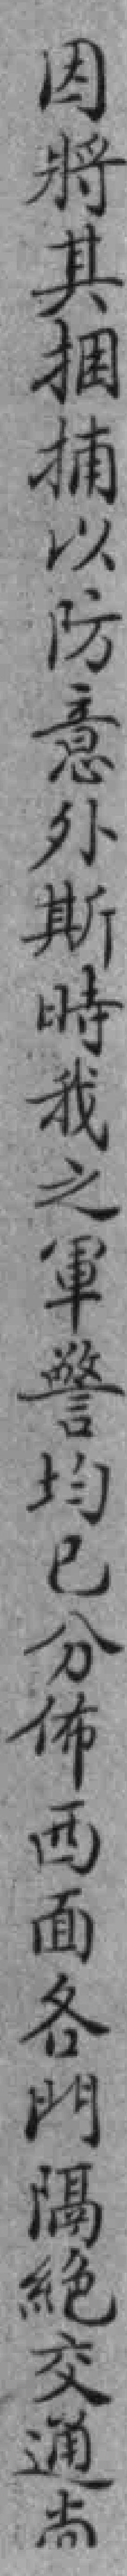
因將其捆捕以防意外斯時我之軍警均已分佈西面各門隔絶交通尚